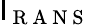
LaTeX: \mathsf{l}_{\mathrm{{~R~A~N~S~}}}